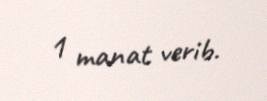
1 manat verib.